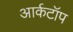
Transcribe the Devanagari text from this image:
आर्कटॉप